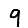
Digit: 9